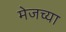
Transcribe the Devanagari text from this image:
मेजच्या